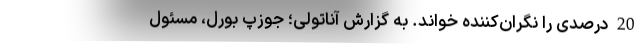
20 درصدی را نگران‌کننده خواند. به گزارش آناتولی؛ جوزپ بورل، مسئول